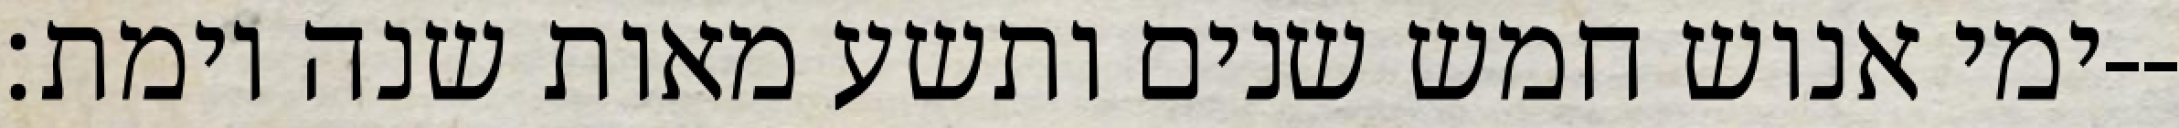
ימי אנוש חמש שנים ותשע מאות שנה וימת׃--